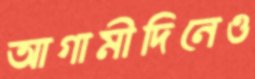
আগামীদিনেও